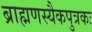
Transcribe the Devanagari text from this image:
ब्राह्मणस्यैकपुत्रकः